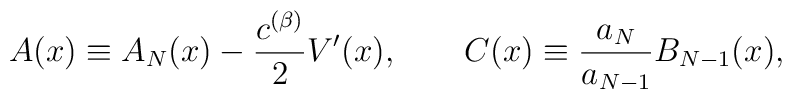
A(x)\equiv A_{N}(x)-\frac{c^{(\beta)}}{2}V'(x), \qquad C(x)\equiv \frac{a_{N}}{a_{N-1}}B_{N-1}(x),